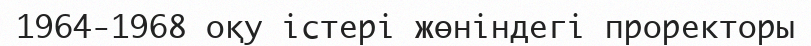
1964-1968 оқу істері жөніндегі проректоры